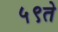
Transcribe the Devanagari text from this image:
५९ते